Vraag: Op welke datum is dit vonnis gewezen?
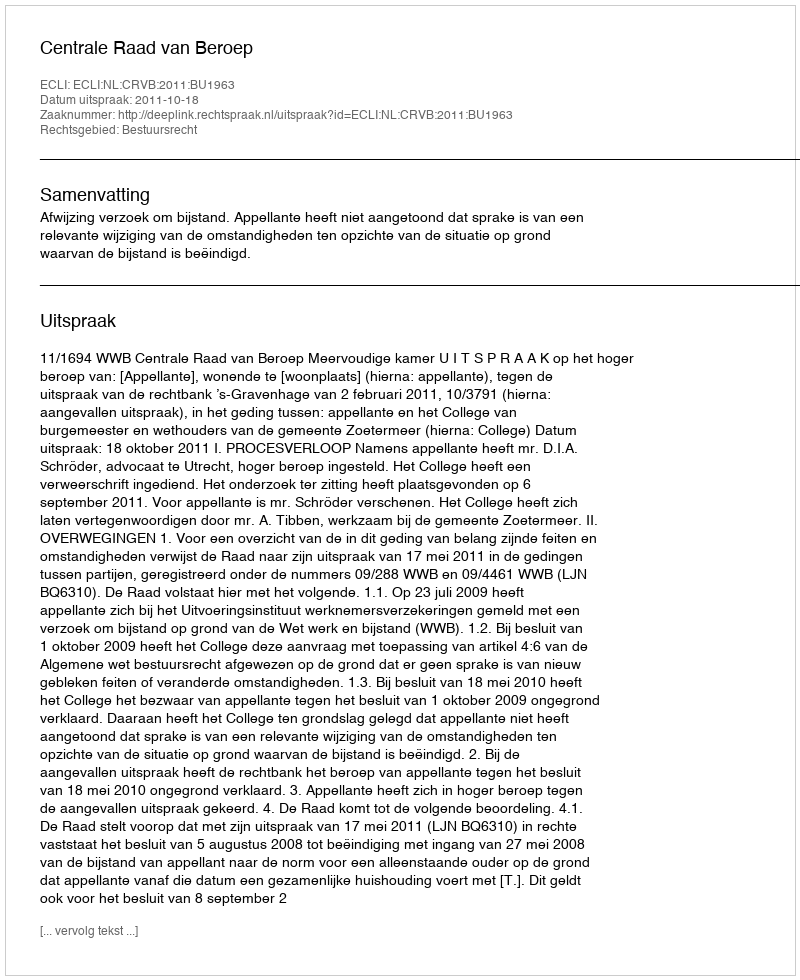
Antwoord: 2011-10-18